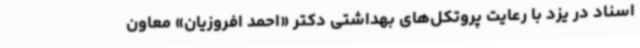
اسناد در یزد با رعایت پروتکل‌های بهداشتی دکتر «احمد افروزیان» معاون